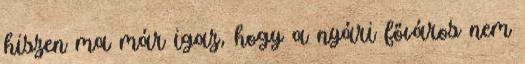
hiszen ma már igaz, hogy a nyári főváros nem